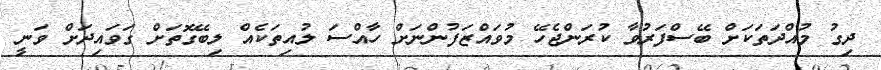
ދިގު މުއްދަތަކަށް ބޭސްފަރުވާ ކުރަންޖެހޭ މުވައްޒަފުންނަށް ހާއްސަ ލުއިތަކެއް ލިބޭގޮތަށް ގަވައިދަށް ވަނީ